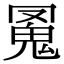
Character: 𩲛